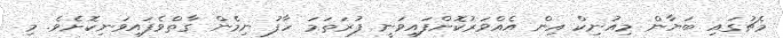
މެޗުގައި ބަޔާން މިއުނިކް އިން އެއްވަރުކޮށްފައިވަނީ ފުރަތަމަ ހާފު ނިމެން ގާތްވެފައިވަނިކޮށެވެ. މި